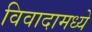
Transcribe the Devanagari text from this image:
विवादामध्ये